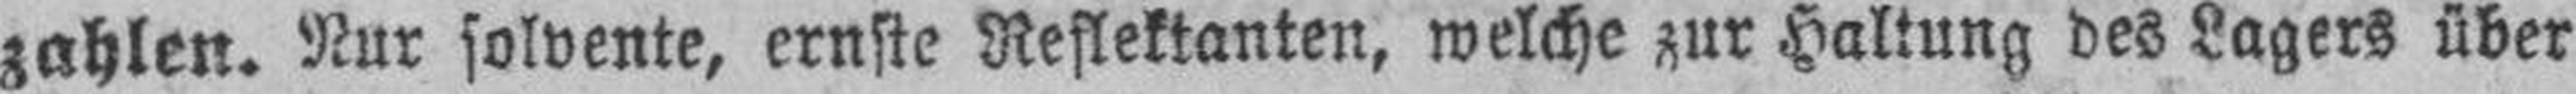
zahlen. Nur solvente, ernste Reflektanten, welche zur Haltung des Lagers über